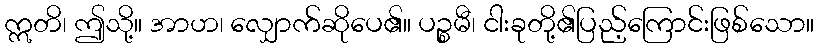
ဣတိ၊ ဤသို့။ အာဟ၊ လျှောက်ဆိုပေ၏။ ပဉ္စမီ၊ ငါးခုတို့၏ပြည့်ကြောင်းဖြစ်သော။